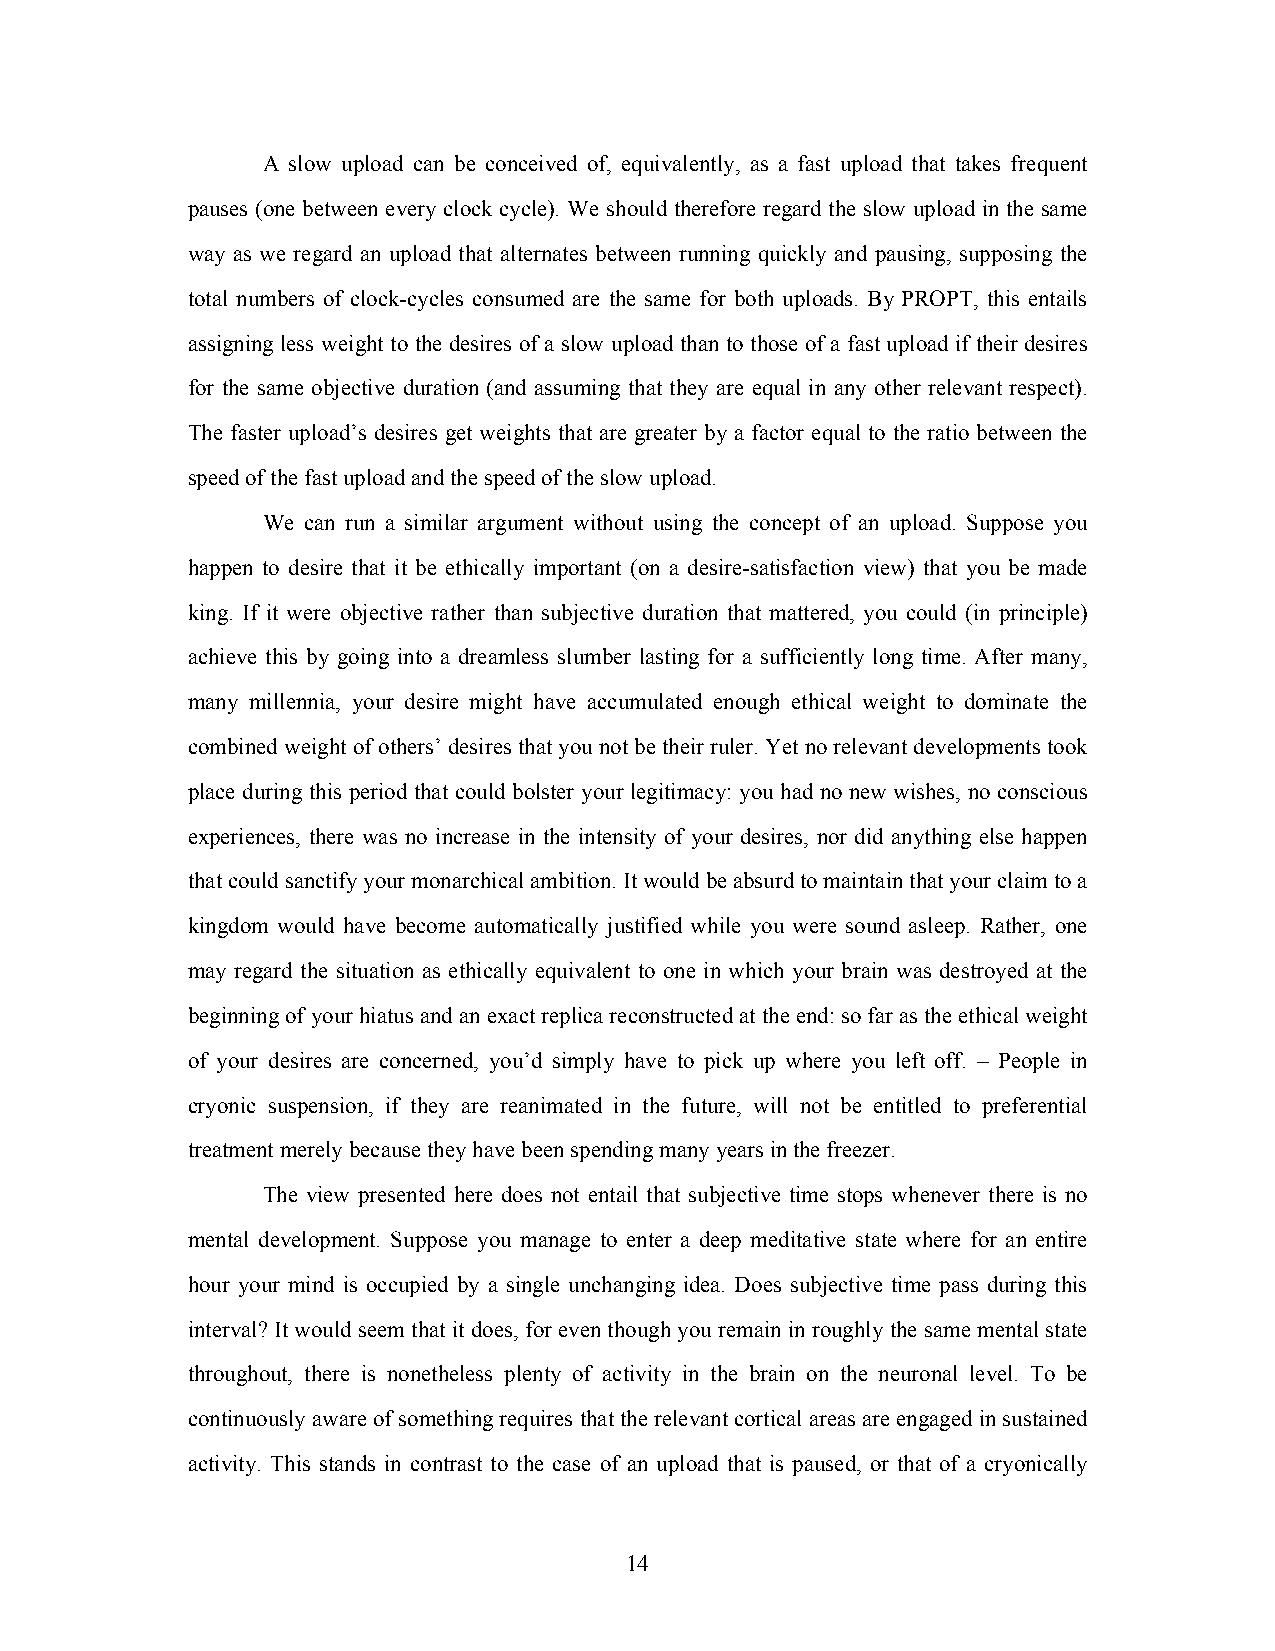
A slow upload can be conceived of, equivalently, as a fast upload that takes frequent
 pauses (one between every clock cycle). We should therefore regard the slow upload in the same
 way as we regard an upload that alternates between running quickly and pausing, supposing the
 total numbers of clock-cycles consumed are the same for both uploads. By PROPT, this entails
 assigning less weight to the desires of a slow upload than to those of a fast upload if their desires
 for the same objective duration (and assuming that they are equal in any other relevant respect).
 The faster upload’s desires get weights that are greater by a factor equal to the ratio between the
 speed of the fast upload and the speed of the slow upload.
 We can run a similar argument without using the concept of an upload. Suppose you
 happen to desire that it be ethically important (on a desire-satisfaction view) that you be made
 king. If it were objective rather than subjective duration that mattered, you could (in principle)
 achieve this by going into a dreamless slumber lasting for a sufficiently long time. After many,
 many millennia, your desire might have accumulated enough ethical weight to dominate the
 combined weight of others’ desires that you not be their ruler. Yet no relevant developments took
 place during this period that could bolster your legitimacy: you had no new wishes, no conscious
 experiences, there was no increase in the intensity of your desires, nor did anything else happen
 that could sanctify your monarchical ambition. It would be absurd to maintain that your claim to a
 kingdom would have become automatically justified while you were sound asleep. Rather, one
 may regard the situation as ethically equivalent to one in which your brain was destroyed at the
 beginning of your hiatus and an exact replica reconstructed at the end: so far as the ethical weight
 of your desires are concerned, you’d simply have to pick up where you left off. – People in
 cryonic suspension, if they are reanimated in the future, will not be entitled to preferential
 treatment merely because they have been spending many years in the freezer.
 The view presented here does not entail that subjective time stops whenever there is no
 mental development. Suppose you manage to enter a deep meditative state where for an entire
 hour your mind is occupied by a single unchanging idea. Does subjective time pass during this
 interval? It would seem that it does, for even though you remain in roughly the same mental state
 throughout, there is nonetheless plenty of activity in the brain on the neuronal level. To be
 continuously aware of something requires that the relevant cortical areas are engaged in sustained
 activity. This stands in contrast to the case of an upload that is paused, or that of a cryonically
 14